Medical and sanitary report of the native army of Bengal for the year
Year: 1874
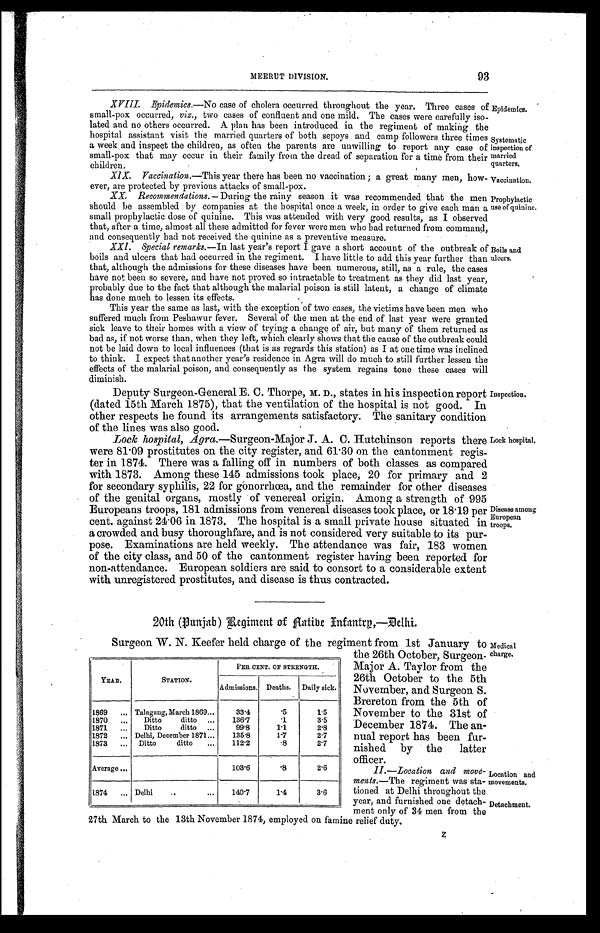
Epidemics.
Systematic
inspection of
married
quarters.
Vaccination.
Medical
charge.
Location and
movements.
Detachment.
93
MEERUT DIVISION.
XVIII. Epidemics .—No case of cholera occurred throughout the year. Three cases of
small-pox occurred, viz., two cases of confluent and one mild. The cases were carefully iso
-
lated and no others occurred. A plan has been introduced in the regiment of making th
e
hospital assistant visit the married quarters of both sepoys and camp followers three times
a week and inspect the children, as often the parents are unwilling to report any case of
small-pox that may occur in their family from the dread of separation for a time from their
children.
XIX. Vaccination .—This year there has been no vaccination; a great many men, how
-
ever, are protected by previous attacks of small-pox.
XX. Recommendations.— During the rainy season it was recommended that the men
should be assembled by companies at the hospital once a week, in order to give each man a
small prophylactic dose of quinine. This was attended with very good results, as I observed
that, after a time, almost all these admitted for fever were men who had returned from command,
and consequently had not received the quinine as a preventive measure.
XXI. Special remarks .—In last year's report I gave a short account of the outbreak of
boils and ulcers that had occurred in the regiment. I have little to add this year further than
that, although the admissions for these diseases have been numerous, still, as a rule, the cases
have not been so severe, and have not proved so intractable to treatment as they did last year,
probably due to the fact that although the malarial poison is still latent, a change of climate
has done much to lessen its effects.
This year the same as last, with the exception of two cases, the victims have been men who
suffered much from Peshawur fever. Several of the men at the end of last year were granted
sick leave to their homes with a view of trying a change of air, but many of them returned as
bad as, if not worse than, when they left, which clearly shows that the cause of the outbreak could
not be laid down to local influences (that is as regards this station) as I at one time was inclined
to think. I expect that another year's residence in Agra will do much to still further lessen the
effects of the malarial poison, and consequently as the system regains tone these cases will
diminish.
Prophylactic
use of quinine.
Boils and
ulcers.
Deputy Surgeon-General E. C. Thorpe, M. D., states in his inspection report
(dated 15th March 1875), that the ventilation of the hospital is not good. In
other respects he found its arrangements satisfactory. The sanitary condition
o f t h e l i n e s w a s a l s o g o o d .
Lock hospital, Agra .—Surgeon-Major J. A. C. Hutchinson reports there
were 81.09 prostitutes on the city register, and 61.30 on the cantonment regis
-
ter in 1874. There was a falling off in numbers of both classes as compared
with 1873. Among these 145 admissions took place, 20 for primary and 2
for secondary syphilis, 22 for gonorrhœa, and the remainder for other diseases
of the genital organs, mostly of venereal origin. Among a strength of 995
Europeans troops, 181 admissions from venereal diseases took place, or 18.19 per
cent. against 24.06 in 1873. The hospital is a small private house situated in
a crowded and busy thoroughfare, and is not considered very suitable to its pur
-
pose. Examinations are held weekly. The attendance was fair, 183 women
of the city class, and 50 of the cantonment register having been reported for
non-attendance. European soldiers are said to consort to a considerable extent
with unregistered prostitutes, and disease is thus contracted.
Inspection.
Lock hospital.
Disease among
European
troops.
20th (Punjab) Regiment of Aatibe Infanry,—Delhi.
YEAR.
STATION.
PER CENT. OF STRENGTH.
Admissions. Deaths. Daily sick.
1869 . . . Talagang, March 1869 . . .
33.4
.5
1.5
1870 . . .
Ditto ditto . . .
136.7
.1
3.5
1871 . . .
Ditto ditto . . .
99.8
1.1
2.8
1872 . . . Delhi, December 1871 . . .
135.8
1.7
2.7
1873 . . . Ditto ditto . . .
112.2
.8
2 . 7
Average . . .
103.6
.8
2.6
1874 . . . Delhi . . .
140.7
1.4
3.6
Surgeon W. N. Keefer held charge of the regiment from 1st January to
the 26th October, Surgeon
-
Major A. Taylor from the
26th October to the 5th
November, and Surgeon S.
Brereton from the 5th of
November to the 31st of
December 1874. The an
-
nual report has been fur
-
nished by the latter
officer.
II.—Location and move
-
ments.—The regiment was sta
-
tioned at Delhi throughout the
year, and furnished one detach
-
ment only of 34 men from the
27th March to the 13th November 1874, employed on famine relief duty.